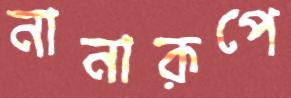
নানারূপে